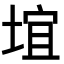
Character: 𪣯